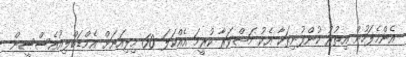
އެންމެފަހުން އިތުރު ކުންފުނިތަކާ އެކު މަޝްވަރާ ކުރީމަ އެއްކަލަ 60 މިލިއަނަށް އެމްޑަބްލިއުއެސްސީން